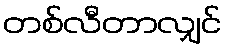
တစ်လီတာလျှင်